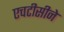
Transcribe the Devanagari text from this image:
एचटीसीने